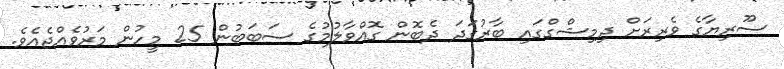
ސޫރިޔާގެ ވެރިރަށް ދިމިޝްގްގައި ބާރުގަދަ ދެބޮން ގޮއްވާލުމުގެ ސަބަބުން 25 މީހުން މަރުވެއްޖެއެވެ.